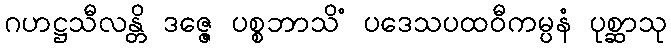
ဂဟဋ္ဌသီလန္တိ ဒဇ္ဇေ ပစ္စဘာသိံ ပဒေသပထဝီကမ္ပနံ ပုစ္ဆာသု